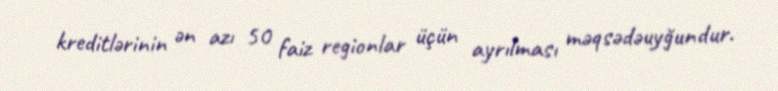
kreditlərinin ən azı 50 faiz regionlar üçün ayrılması məqsədəuyğundur.